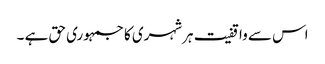
اس سے واقفیت ہرشہری کا جمہوری حق ہے ۔